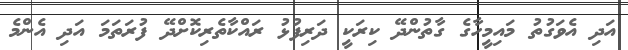
އަދި އެވަގުތު މައިމީހާގެ ގާތުންދޭ ކިރަކީ ދަރިފުޅު ރައްކާތެރިކޮށްދޭ ފުރަތަމަ އަދި އެންމެ